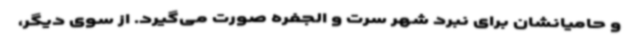
و حامیانشان برای نبرد شهر سرت و الجفره صورت می‌گیرد. از سوی دیگر،